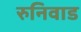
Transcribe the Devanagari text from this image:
रुनिवाड